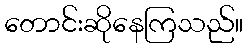
တောင်းဆိုနေကြသည်။